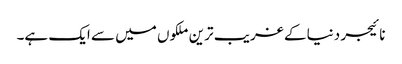
نائیجر دنیا کے غریب ترین ملکوں میں سے ایک ہے۔